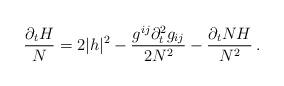
LaTeX: \begin{align*}\dfrac{\partial_t H}{N}=2\vert h\vert^2-\dfrac{g^{ij}\partial_t^2g_{ij}}{2N^2}-\dfrac{\partial_tN H}{N^2}\, . \end{align*}